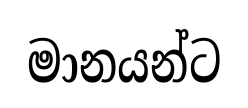
මානයන්ට